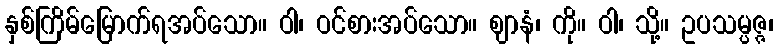
နှစ်ကြိမ်မြောက်ရအပ်သော။ ဝါ၊ ဝင်စားအပ်သော။ ဈာနံ၊ ကို။ ဝါ၊ သို့။ ဥပသမ္ပဇ္ဇ၊